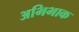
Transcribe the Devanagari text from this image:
अभिभाक